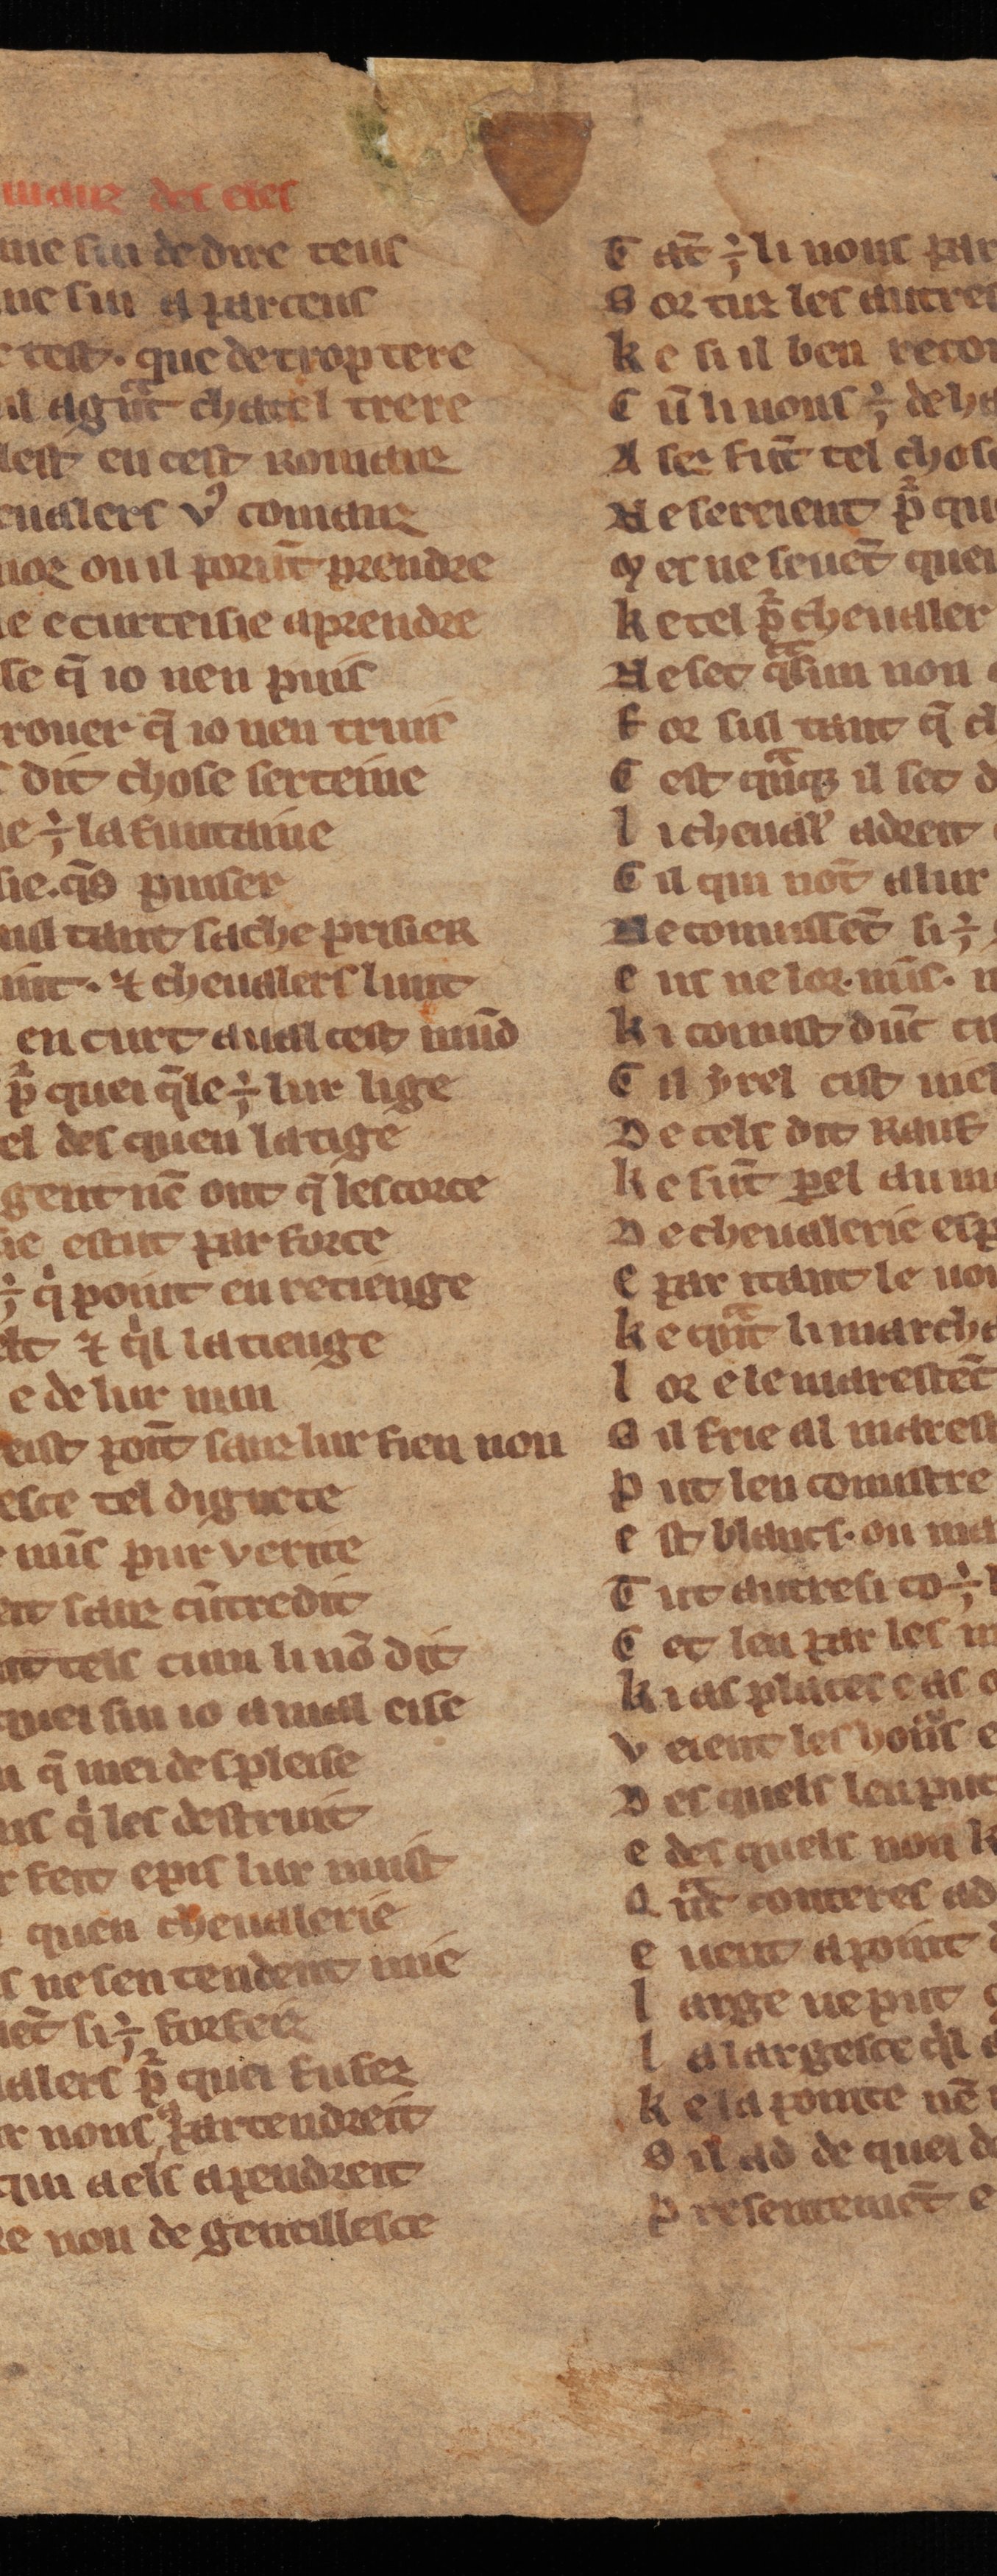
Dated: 1270–1330